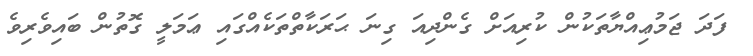
ފަދަ ޖަމުޢިއްޔާތަކުން ކުރިއަށް ގެންދިއަ ގިނަ ޙަރަކާތްތަކެއްގައި ޢަމަލީ ގޮތުން ބައިވެރިވެ